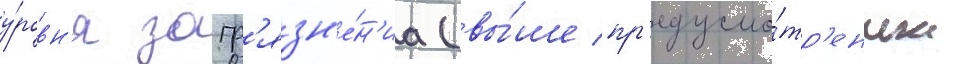
у́ровн'я загр'язн'е́н'иа (вы́ше пр'едусмо́тр'енных